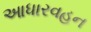
આધારવહન